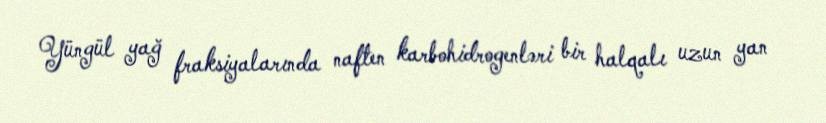
Yüngül yağ fraksiyalarında naften karbohidrogenləri bir halqalı uzun yan